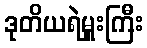
ဒုတိယရဲမှူးကြီး